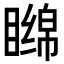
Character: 𬑧